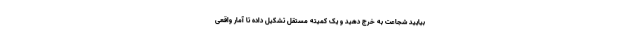
بیایید شجاعت به خرج دهید و یک کمیته مستقل تشکیل داده تا آمار واقعی